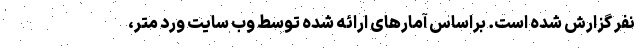
نفر گزارش شده است. براساس آمارهای ارائه شده توسط وب سایت ورد متر،